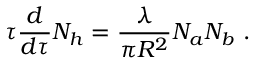
\tau { \frac { d } { d \tau } } N _ { h } = { \frac { \lambda } { \pi R ^ { 2 } } } N _ { a } N _ { b } \ .